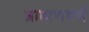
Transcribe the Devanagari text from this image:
ब्राह्मणवर्ण